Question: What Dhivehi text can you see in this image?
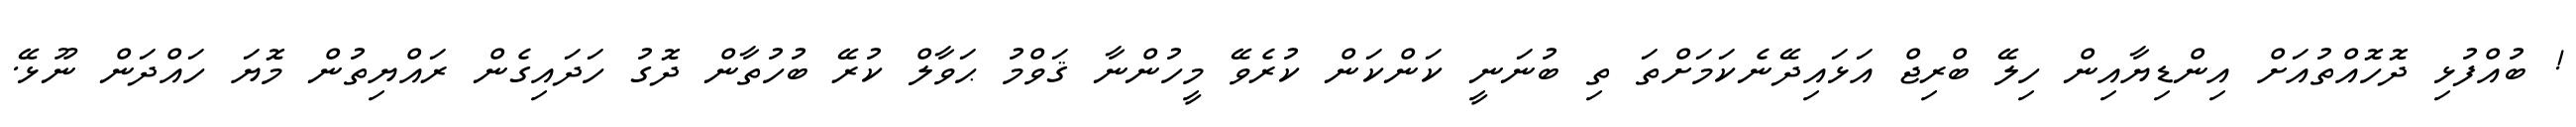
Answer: ! ބުއްފުޅި ދޮހޮއްތުއަށް އިންޑިޔާއިން ހިލޭ ބްރިޖް އަޅައިދޭނެކަމަށްތަ ތި ބުނަނީ ކަންކަން ކުރެވޭ މީހުންނާ ޤަވްމު ޙަވާލް ކުރޭ ބުހުތާން ދޮގު ހަދައިގެން ރައްޔިތުން މޮޔަ ހައްދަން ނޫޅޭ.